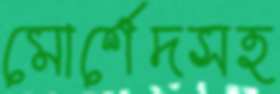
মোর্শেদসহ